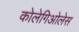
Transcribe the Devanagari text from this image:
कोलेगिओलेस